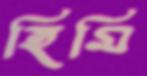
হিমি